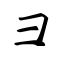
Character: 彐